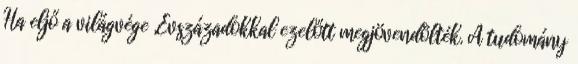
Ha eljő a világvége „Évszázadokkal ezelőtt megjövendölték. A tudomány